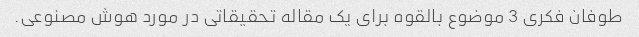
طوفان فکری 3 موضوع بالقوه برای یک مقاله تحقیقاتی در مورد هوش مصنوعی.